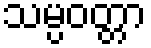
သမ္ပဝတ္တာ